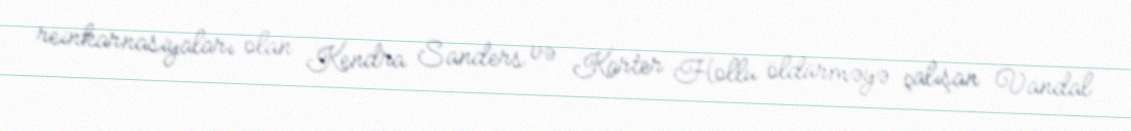
reinkarnasiyaları olan Kendra Sanders və Karter Hollu öldürməyə çalışan Vandal